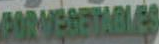
COMEGETABLES